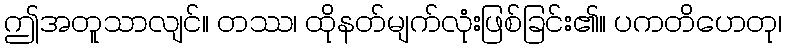
ဤအတူသာလျင်။ တဿ၊ ထိုနတ်မျက်လုံးဖြစ်ခြင်း၏။ ပကတိဟေတု၊